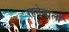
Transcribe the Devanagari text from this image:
रहनेवालॉ